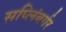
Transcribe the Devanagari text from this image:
सप्लिंबर्गर